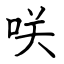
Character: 咲